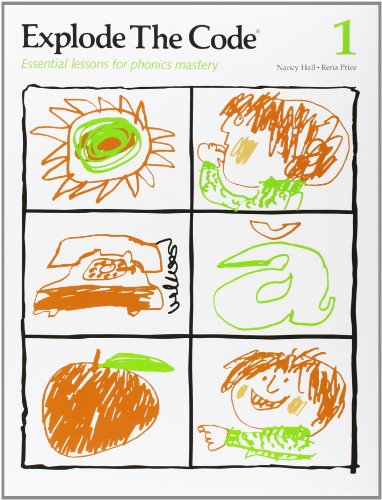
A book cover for Explode the Code 1; Nancy Hall; Reference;